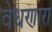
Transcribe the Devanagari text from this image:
वेधणारा